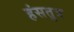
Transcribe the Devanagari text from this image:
हंसतुत्र